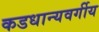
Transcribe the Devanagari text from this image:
कडधान्यवर्गीय